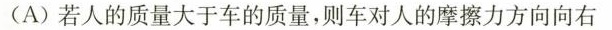
(A)若人的质量大于车的质量，则车对人的摩擦力方向向右